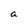
Character: a